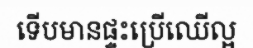
ទើបមានផ្ទះប្រើឈើល្អ